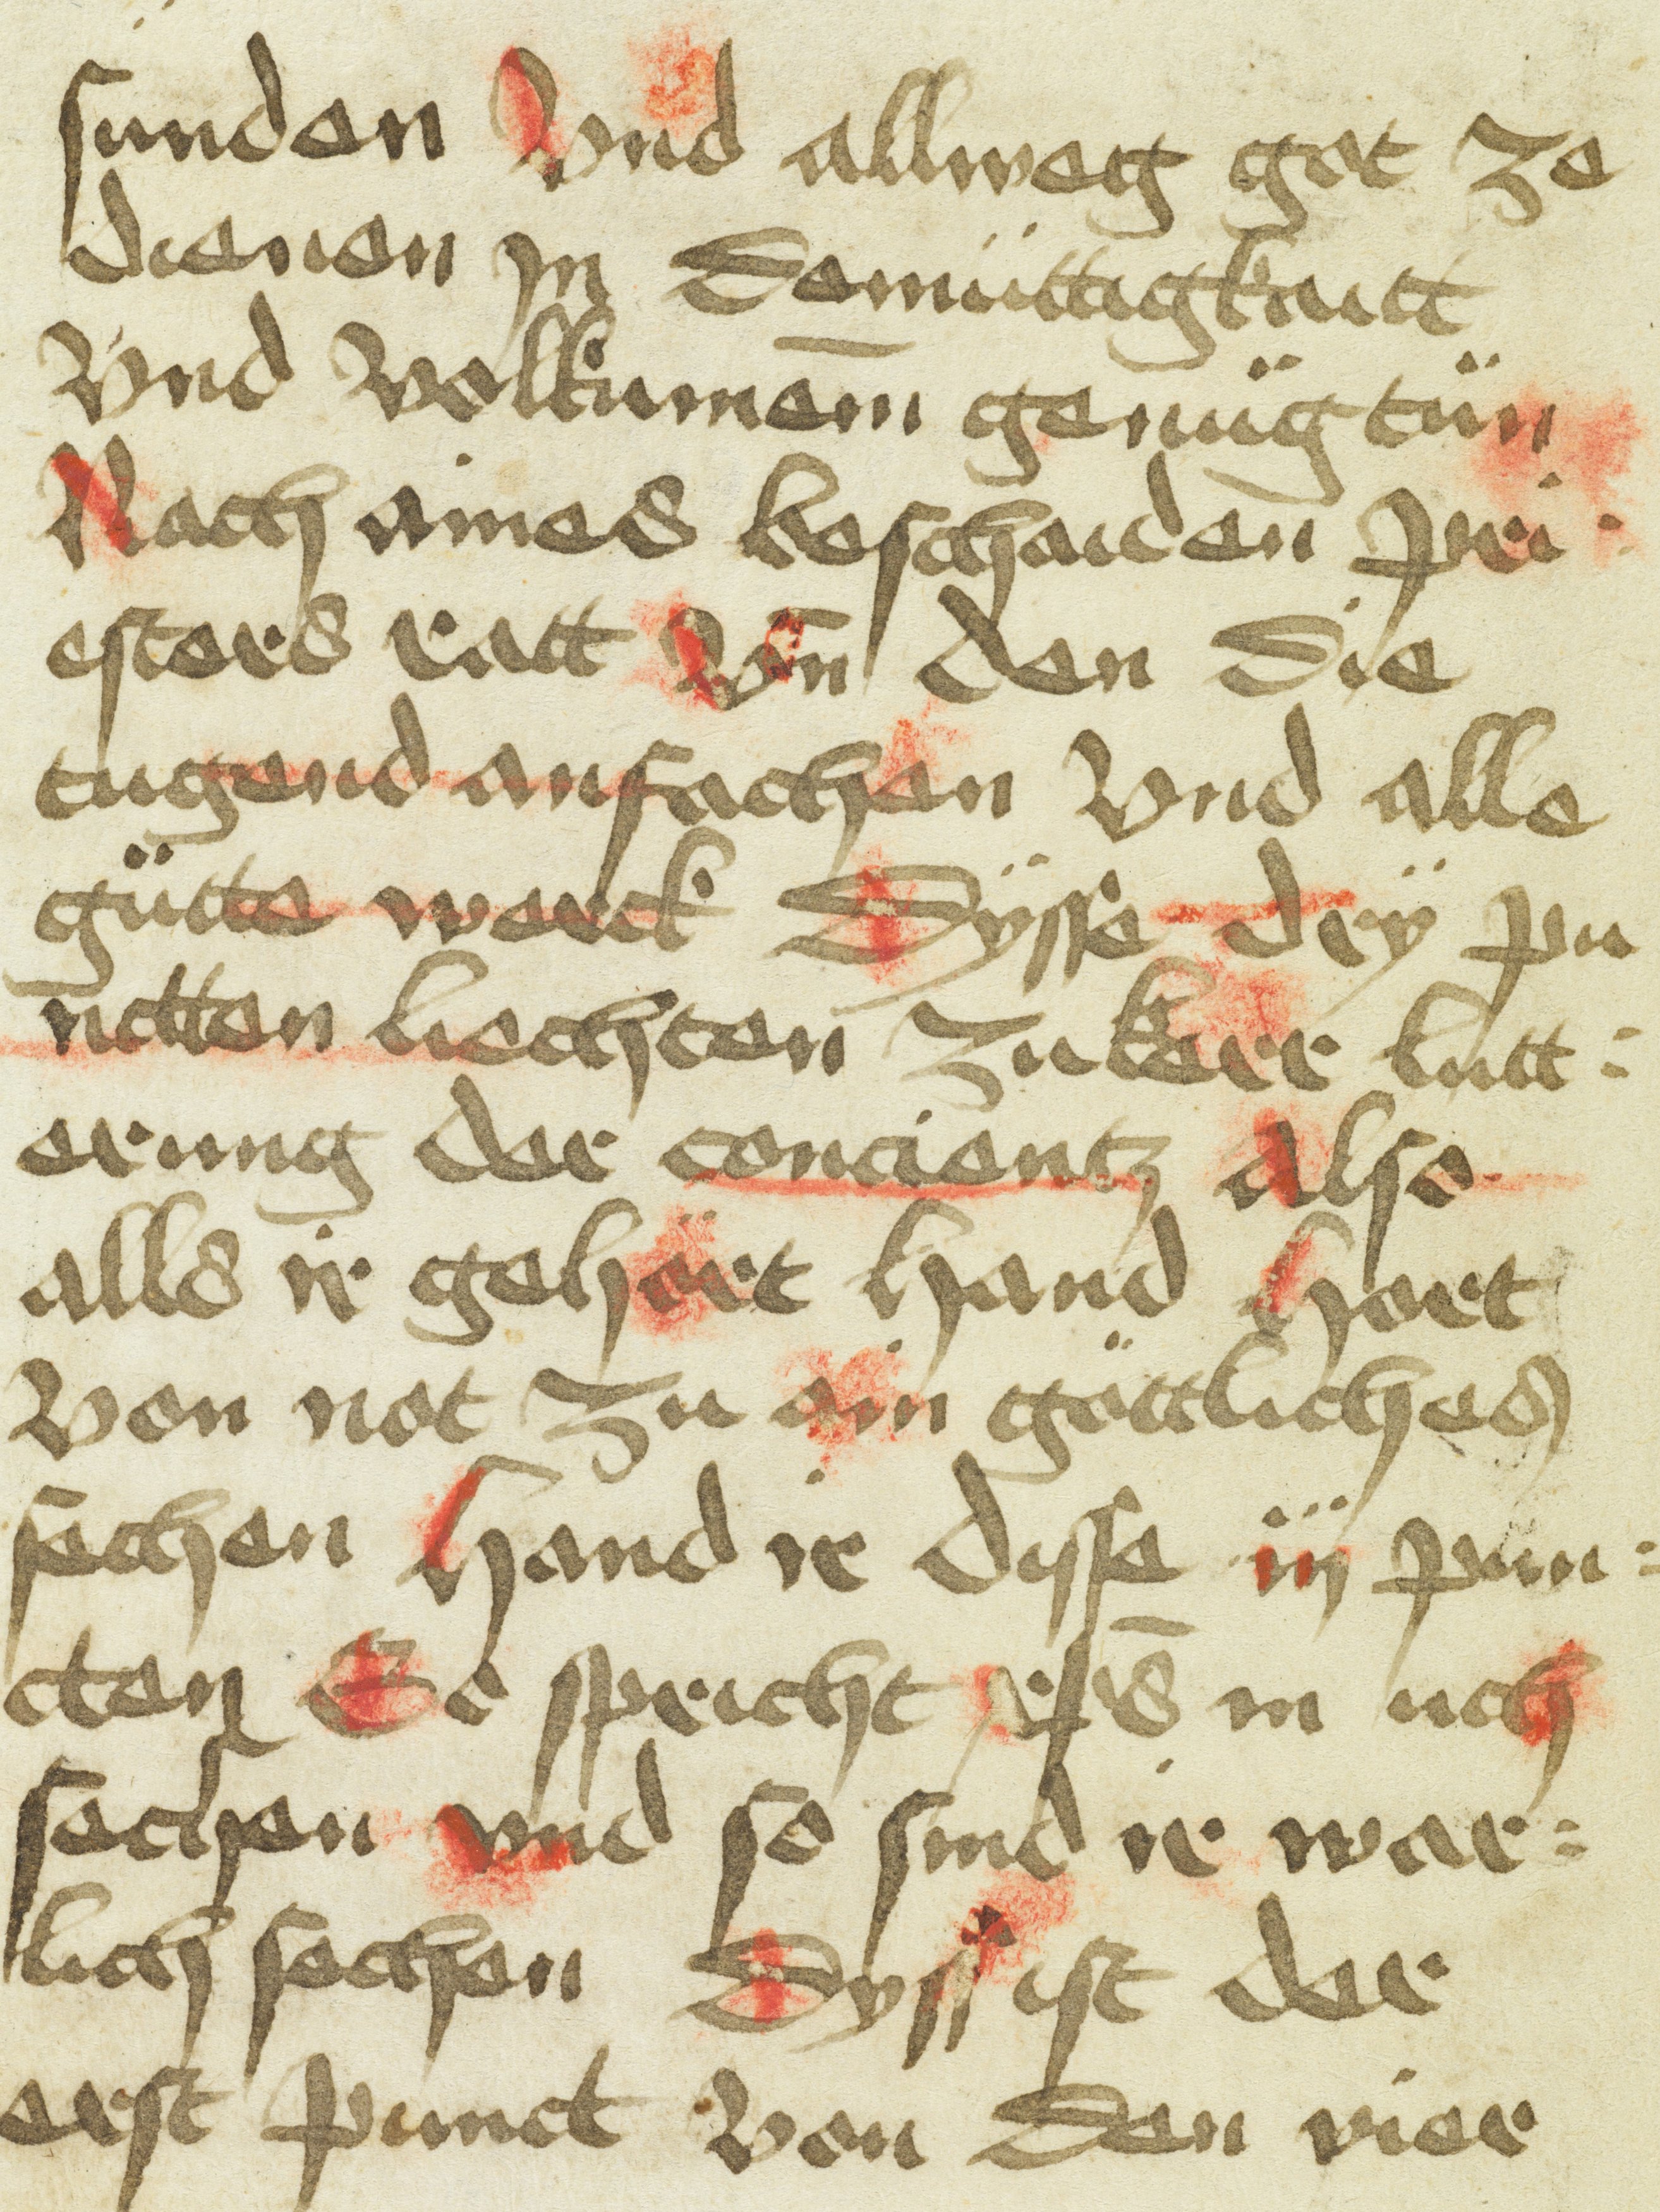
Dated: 1400–1499